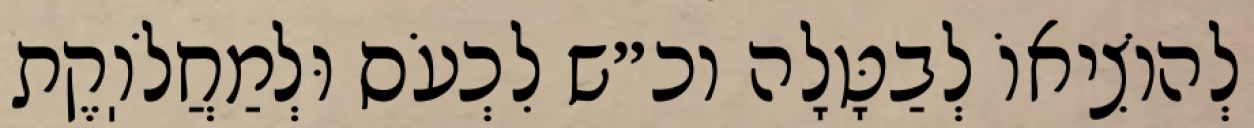
לְהוֹצִיאוֹ לְבַטָּלָה וכ״ש לִכְעֹס וּלְמַחֲלֹוֽקֶת